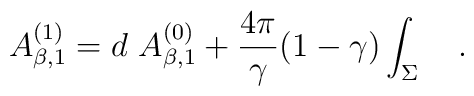
A_{\beta,1}^{(1)}=d~A_{\beta,1}^{(0)}+{4\pi \over \gamma}(1 -\gamma)\int_{\Sigma}~~~.